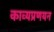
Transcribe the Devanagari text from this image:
काव्यप्रणयन